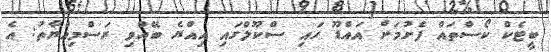
ބީޓެކް ކޯސްތައް ފެށުމަށް އައްޑޫ ހައި ސްކޫލްގައި އިއްޔެ ބޭއްވި ރަސްމިއްޔާތު: އެ